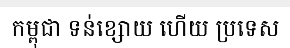
កម្ពុជា ទន់ខ្សោយ ហើយ ប្រទេស